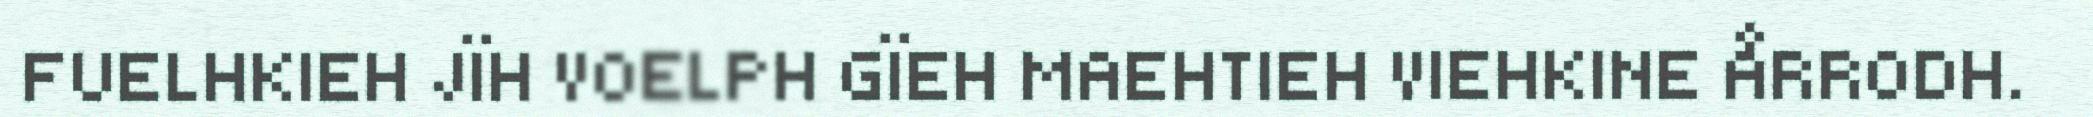
FUELHKIEH JÏH VOELPH GÏEH MAEHTIEH VIEHKINE ÅRRODH.